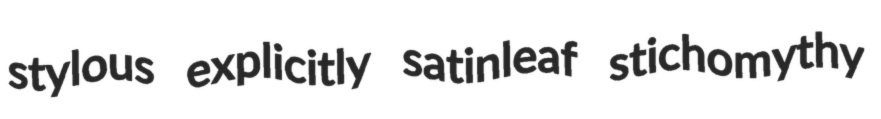
stylous explicitly satinleaf stichomythy